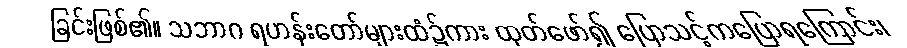
ခြင်းဖြစ်၏။ သဘာဂ ရဟန်းတော်များထံ၌ကား ထုတ်ဖော်၍ ပြောသင့်ကပြောရကြောင်း၊